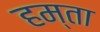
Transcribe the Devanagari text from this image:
हम्ता